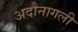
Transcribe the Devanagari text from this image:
अदौनागली